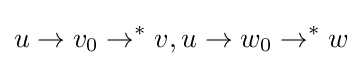
u\to v_{0}\to ^{*}v,u\to w_{0}\to ^{*}w